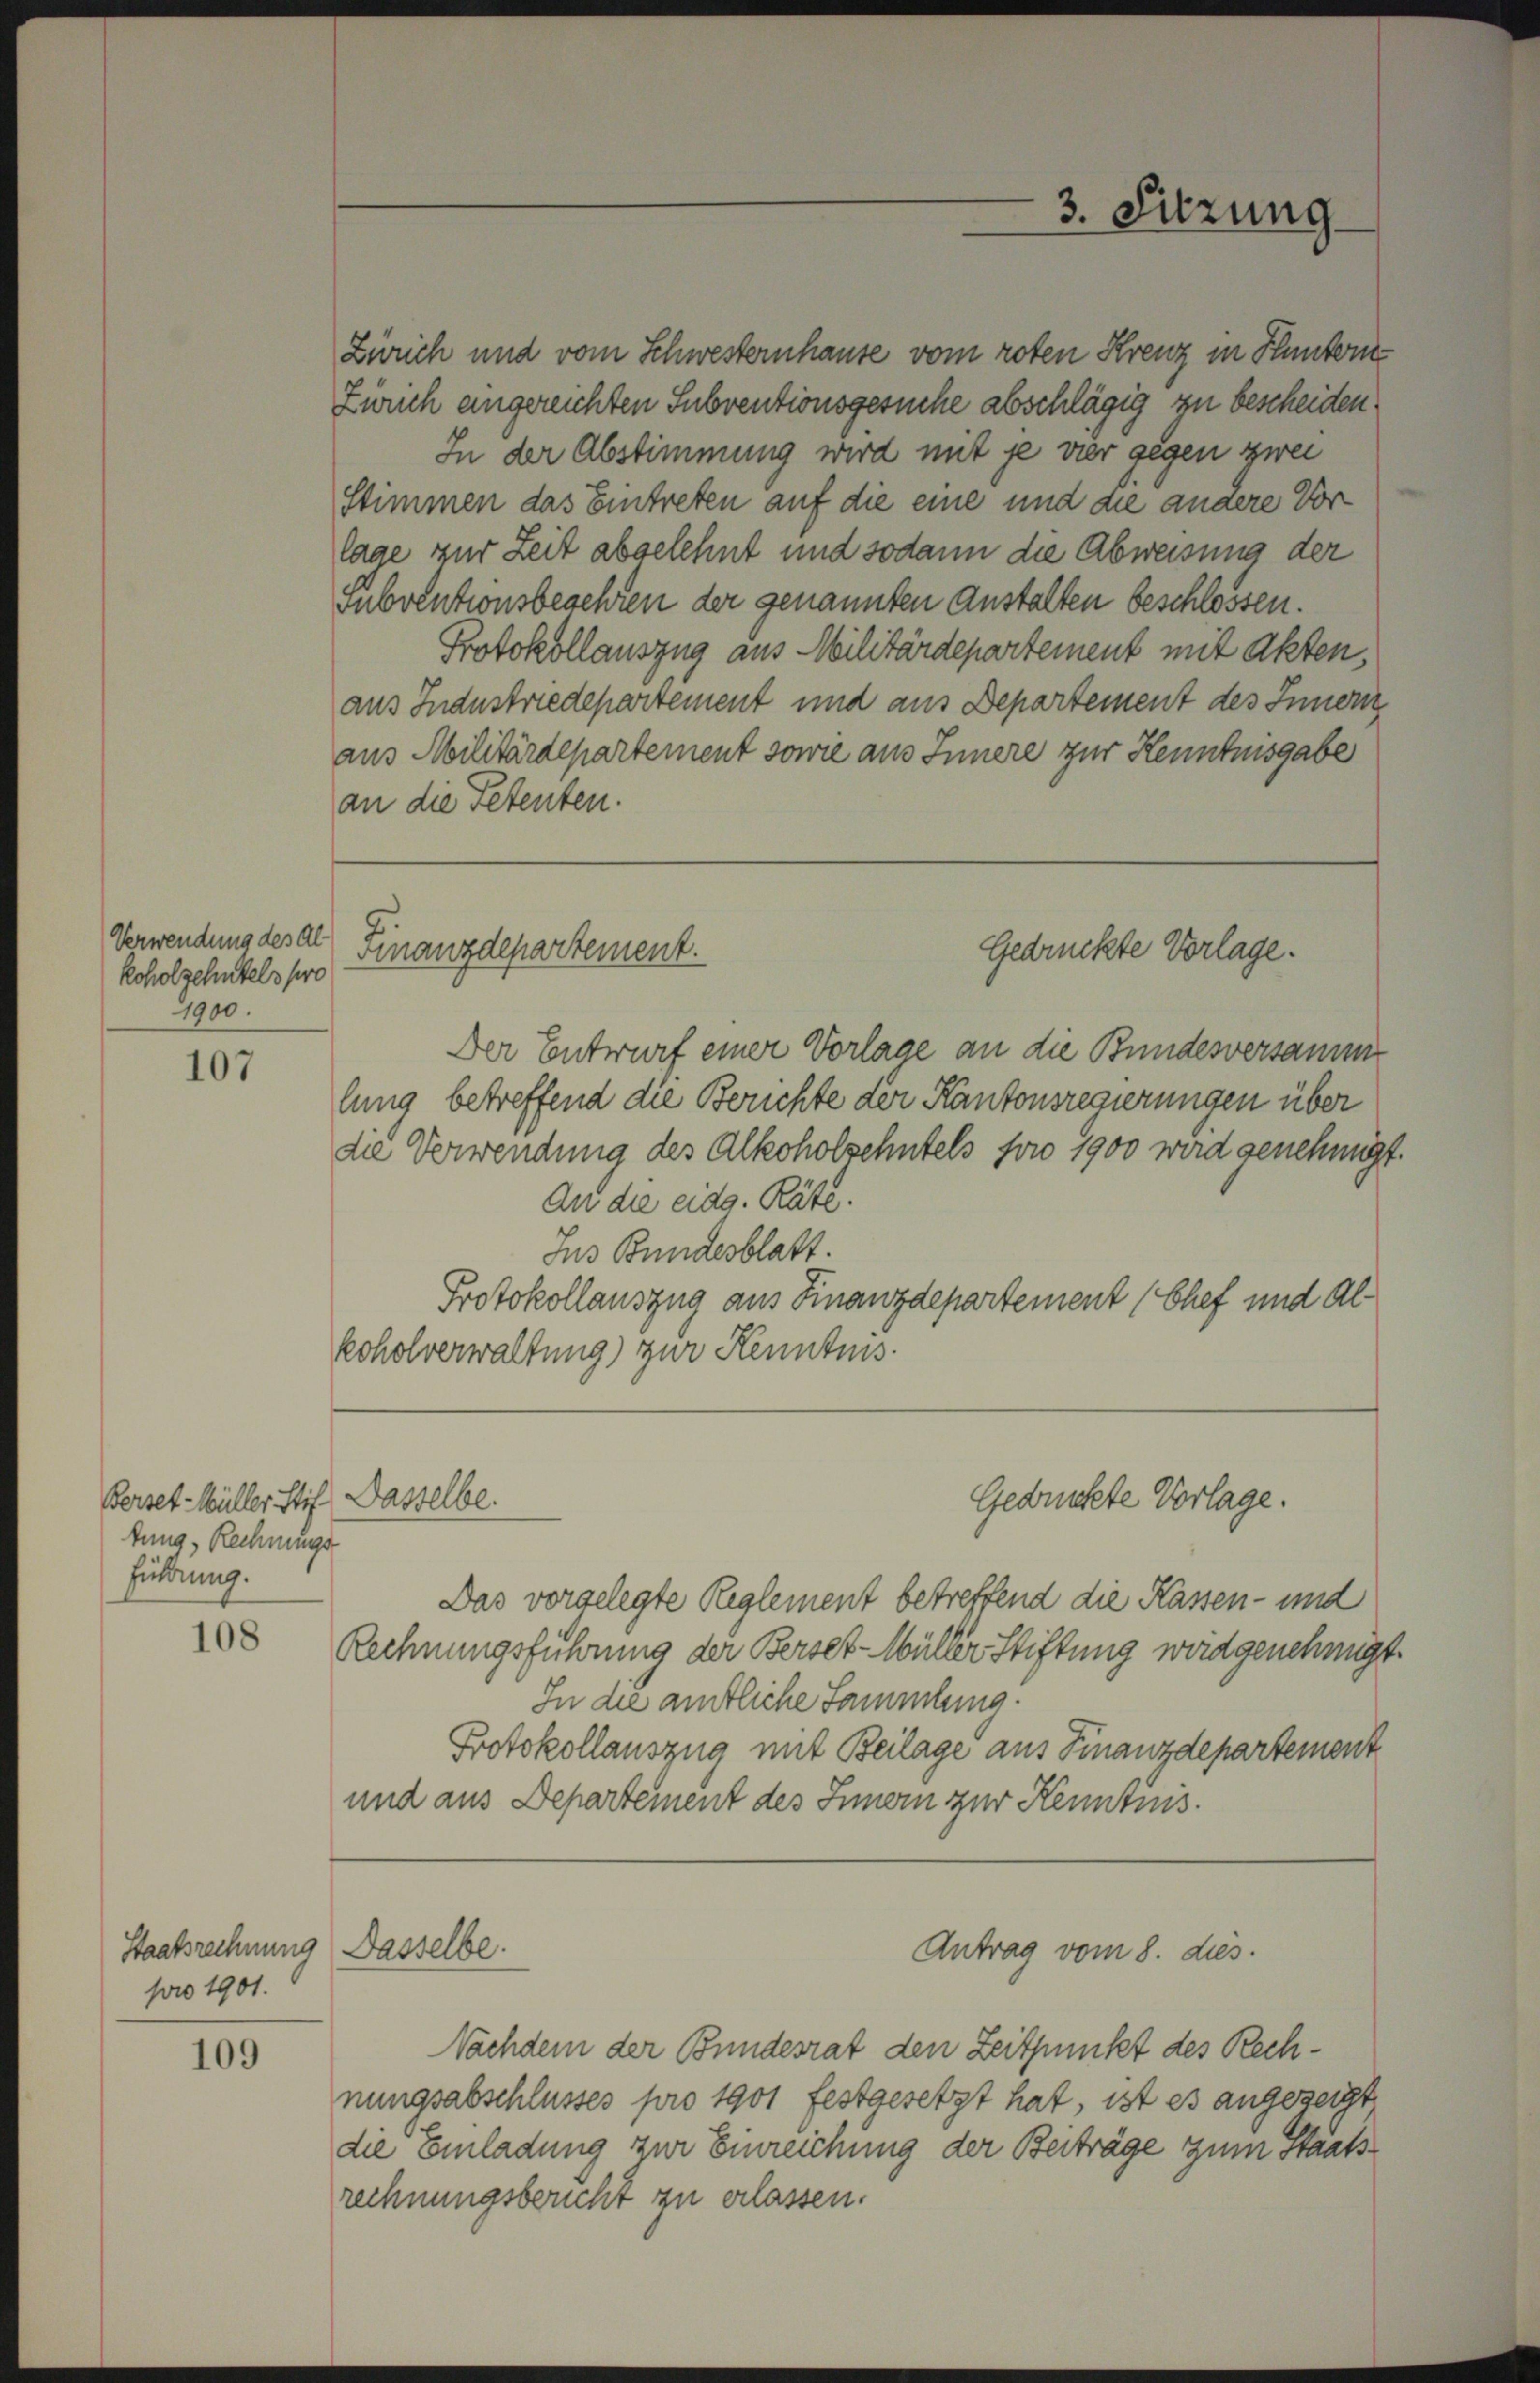
3. Sitzung

Stimmen das Eintreten auf die eine und die andere Vorlage zur Zeit abgelehnt und sodann die Abweisung der
Subventionsbegehren der genannten Anstalten beschlossen.
Protokollauszug aus Militärdepartement mit Akten,
aus Industriedepartement und aus Departement des Innern
aus Militärdepartement sowie aus Innere zur Kenntnisgabe
an die Petenten.

Zürich und vom Schwesternhause vom roten Kreuz in Flunter
Zürich angereichten Subventionsgesuche abschlägig zu bescheiden.
In der Abstimmung wird mit je vier gegen zwei

Finanzdepartement.
Gedrückte Vorlage.

Verwendung des Al
koholzehntels pro
7900.

Der Entwurf einer Vorlage an die Bundesversamm
lung betreffend die Berichte der Kantonsregierungen über
die Verwendung des Alkoholsehntels foro 1900 wird genehmigt.
An die eidg. Räte.
Jus Bundesblatt.
Protokollauszug aus Finanzdepartement (Chef und Alkoholverwaltung) zur Kenntnis.

107

Gedrückte Vorlage.

Passelbe.

Ferset-Müller Stif
tung, Rechnungs
führung.

Das vorgelegte Reglement betreffend die Kassen- und
Rechnungsführung der Berset-Müller Stiftung wird genehmigt.
In die amtliche Sammlung.
Protokollauszug mit Beilage aus Finanzdepartement
und aus Departement des Innern zur Kenntnis.

108

Dasselbe.

Antrag vom 8. dies

Staatsrechnung
pro 1901.

nungsabschlusses pro 1901 festgesetzt hat, ist es angezeigt
die Einladung zur Einreichung der Beiträge zum Staatsrechnungsbericht zu erlassen.

109

Nachdem der Bundesrat den Zeitpunkt des Rech¬